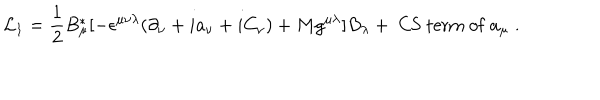
{ \cal L } _ { 1 } = \frac { 1 } { 2 } B _ { \mu } ^ { * } [ - \epsilon ^ { \mu \nu \lambda } ( \partial _ { \nu } + i a _ { \nu } + i C _ { \nu } ) + M g ^ { \mu \lambda } ] B _ { \lambda } + \mathrm { ~ C S ~ t e r m ~ o f } ~ a _ { \mu } \; .